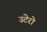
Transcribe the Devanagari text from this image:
उटेरो